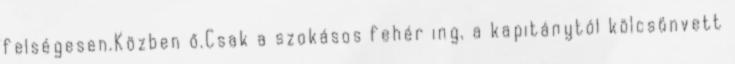
felségesen.Közben ő.Csak a szokásos fehér ing, a kapitánytól kölcsönvett